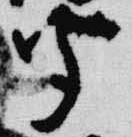
聞